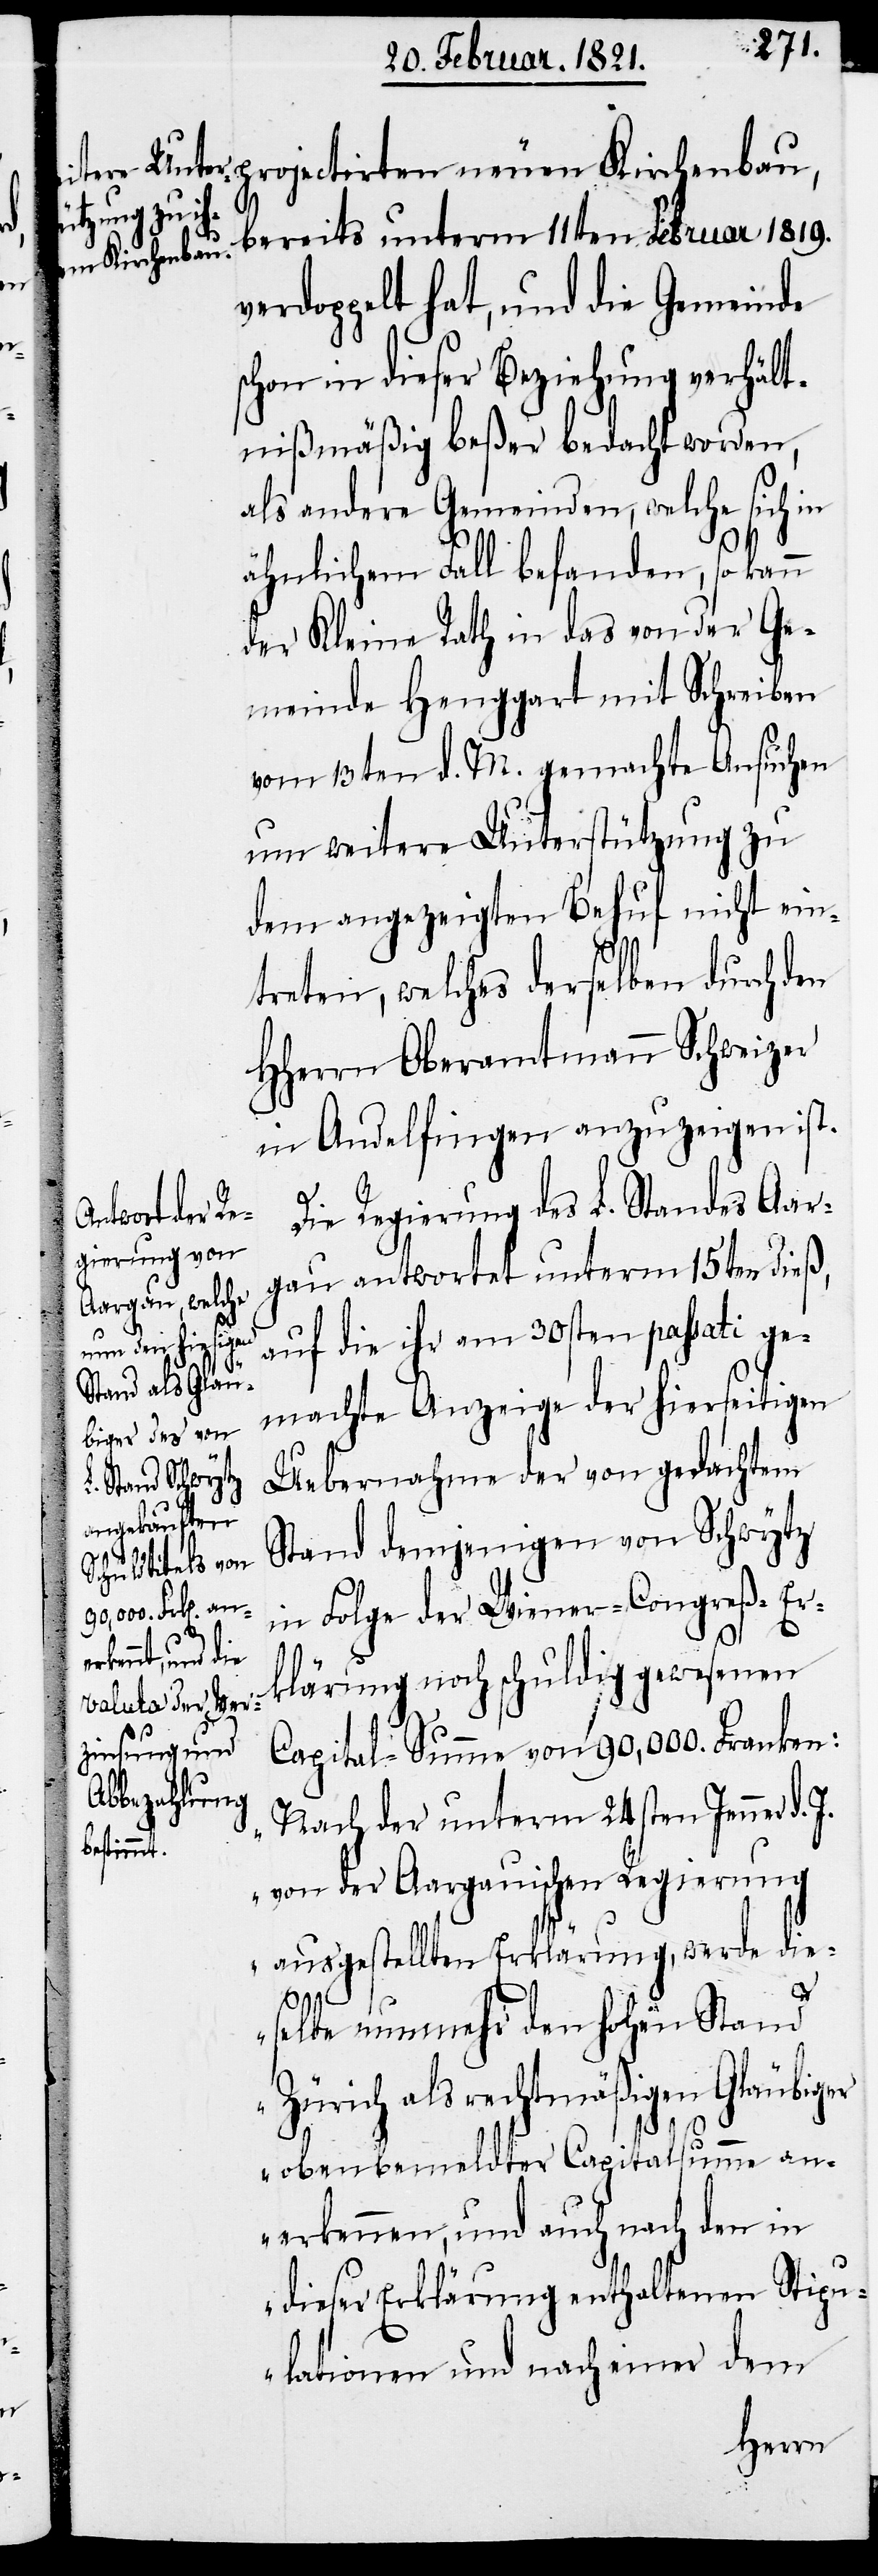
bereits unterm 11ten Februar 1819.
en Kirchenbau,
verdoppelt hat, und die Gemeinde
schon in dieser Beziehung verhält¬
nißmäßig beßer bedacht worden,
als andere Gemeinden, welche sich in
ähnlichem Fall befanden, so kann
der Kleine Rath in das von der Ge¬
meinde Henggart mit Schreiben
vom 13ten d. M. gemachte Ansuchen
um weitere Unterstützung zu
dem angezeigten Behuf nicht ein¬
treten, welches derselben durch den
HHerrn Oberamtmann Schweizer
in Andelfingen anzuzeigen ist.
Die Regierung des L. Standes Aar¬
gau antwortet unterm 15ten dieß,
auf die ihr am 30sten passati ge¬
J.
machte Anzeige der hierseitigen
Uebernahme der von gedachtem
Stand demjenigen von Schwytz
in Folge der Wiener-Congreß-Er¬
klärung noch schuldig gewesenen
Capital-Summe von 90,000. Franken:
„Nach der unterm 24sten Jenner d.
jectirt¬
von der Aargauischen Regierung
ausgestellten Erklärung, werde die¬
pro¬
selbe nunmehr den hohen Stand
Zürich als rechtmäßigen Gläubiger
obenbemeldter Capitalsumme an¬
erkennen, und auch nach den in
dieser Erklärung enthaltenen Stipu¬
lationen und nach einer dem